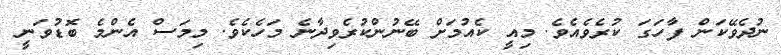
ނުދެވޭކަން ފާހަގަ ކުރެވެއެވެ. މިއީ ކެއުމަށް ބޭނުންކުރެވިދާނެ މަހެކެވެ. މިމަސް އެންމެ ބޮޑުވަނީ